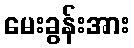
မေးခွန်းအား